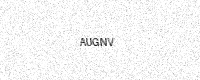
Text: AUGNV